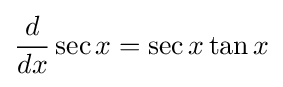
{\frac {d}{dx}}\sec x=\sec {x}\tan {x}